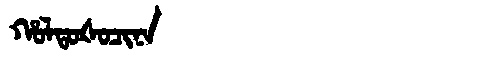
Manchu: ᡥᠣᠯᡨᠣᡧᠣᠴᡳᠨᠠ
Romanization: HOLTOŠOCINA